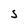
Character: S